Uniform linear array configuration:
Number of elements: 48
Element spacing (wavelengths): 1
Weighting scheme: cosine
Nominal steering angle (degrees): -15
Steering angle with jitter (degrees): -13.162
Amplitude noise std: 0.05
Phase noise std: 0.05

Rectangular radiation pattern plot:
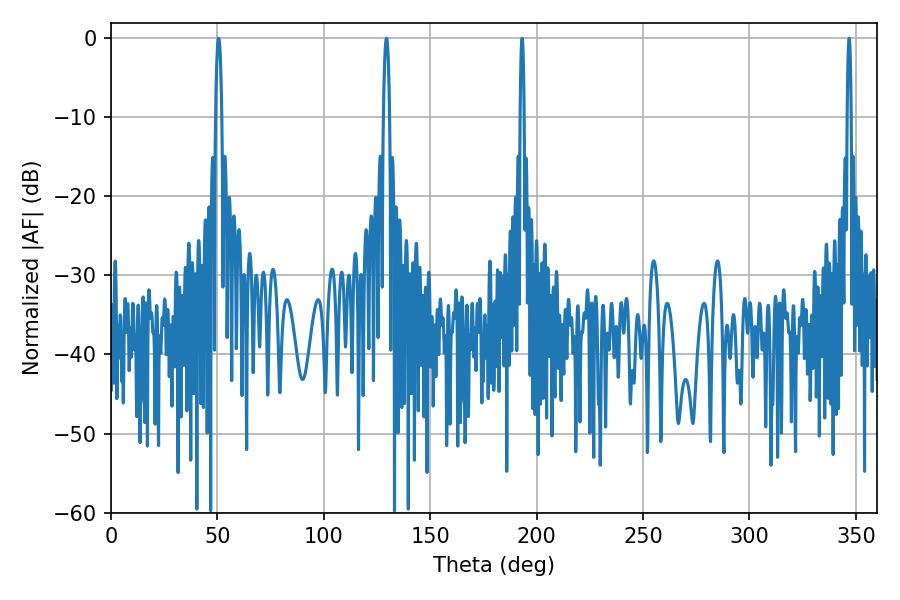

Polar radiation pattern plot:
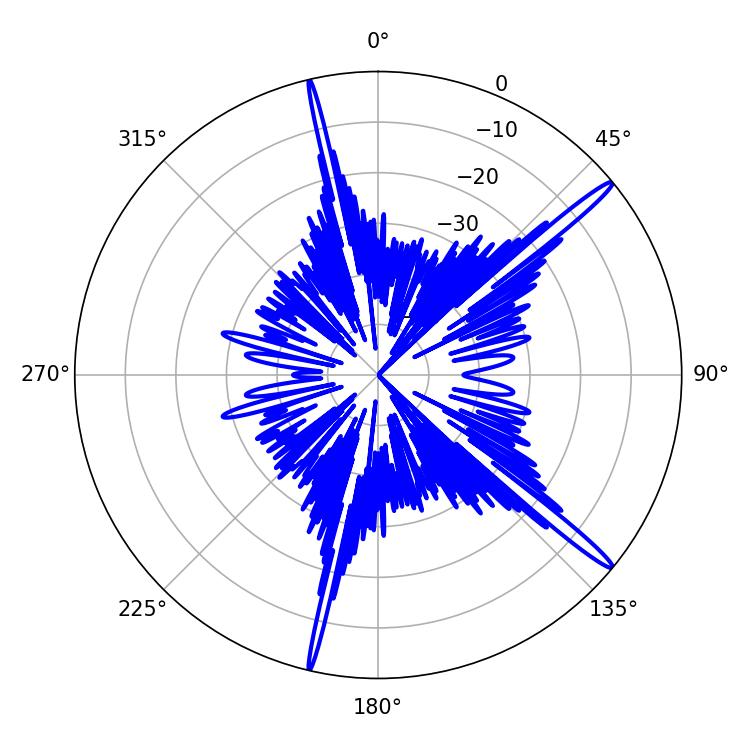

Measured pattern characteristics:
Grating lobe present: TRUE
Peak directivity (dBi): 16.863
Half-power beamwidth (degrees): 1.44
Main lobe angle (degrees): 50.58